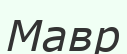
Мавр